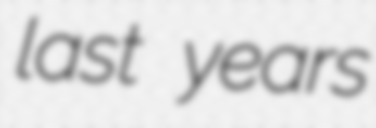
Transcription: last years